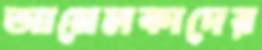
আনেলকাদের